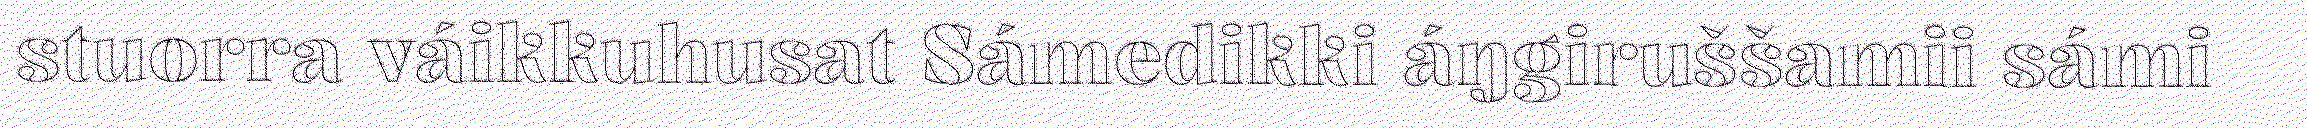
stuorra váikkuhusat Sámedikki áŋgiruššamii sámi